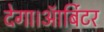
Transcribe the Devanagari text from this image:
देगा।ऑर्बिटर